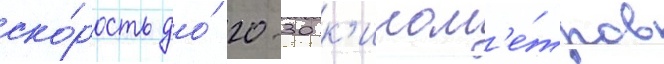
ско́рость до́ 20-30 к'илом'е́тров